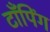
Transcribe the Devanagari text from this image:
टाँपिंग